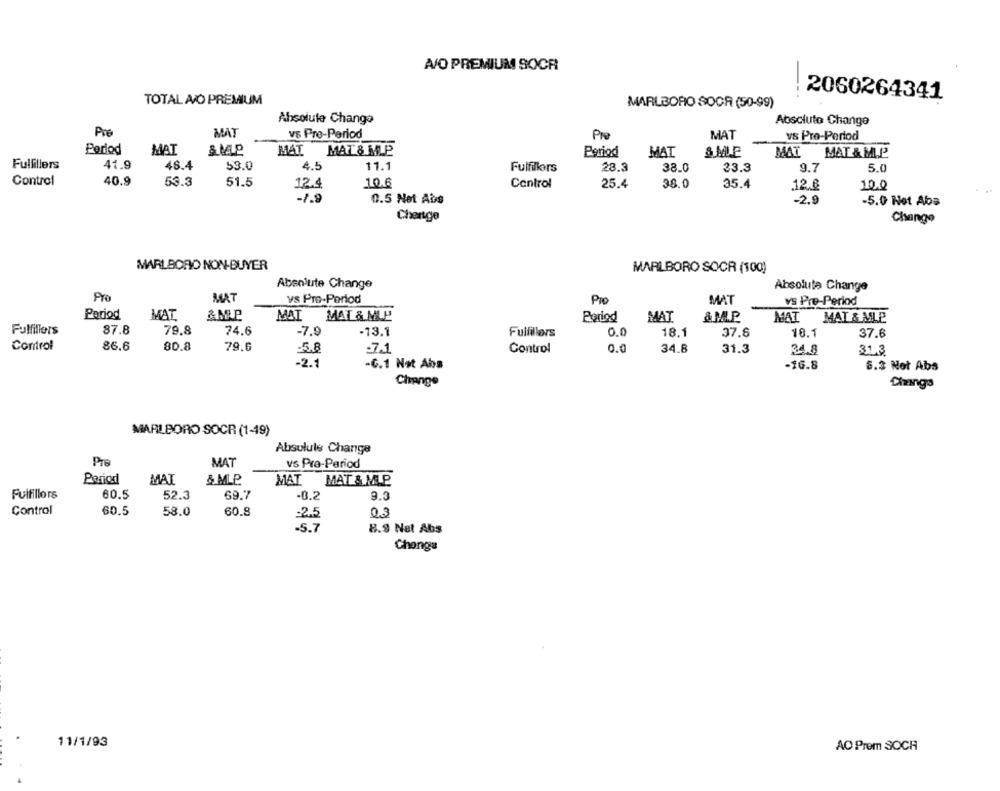
A/O PREMIUM SOCR
2060264341
TOTAL A/O PREMIUM
MARLBORO SOCA (50-99)
Absolute Chango
Absoluto Change
Pre
MAT
vs Pre-Period
MAT
Pre
vs Pro-Period
Period
MAT
SMAP
MAT
MAT & MLP
Period
MAT
SMILE
MAT MAT & MLP
Fulfillers
41.9
48.4
53.0
4.5
11.1
Fulfillors
28.3
38.0
23.3
9.7
5.0
Control
40.9
53.3
51.5
10.6
25.4
12.4
Control
38.0
35.4
12.6
10.0
-1.9
0.5 Net Abs
-2.9
-5.0 Not Aba
Change
Change
MARLBORO NON-BUYER
MARLBORO SOCR (100)
Absolute Change
Absolute Change
PYO
MAT
VS Pro-Period
Pro
MAT
vs Pre-Period
Period
MAT
& MLP
MAT
MAT & MLP
Period
MAT
& M.P.
MAI MAT & MLP
Fulfillers
87.8
79.8
74.6
-7.9
-13.1
0.0
18.1
37.6
Fulfillørs
18.1
37.6
Control
86.6
80.8
79.6
-7.1
Control
0.0
34.8
-5.8
31.3
24.8
31.3
-2.1
-C.1 Not Aba
-16.8
6.3 Not Abs
Change
Changs
MARLBORO SOCR (1-49)
Absolute Change
Pre
MAT
vs Pre-Period
Period
MAT
& MLP.
MAT
MAT & MLP
Fulfillors
60.5
52.3
69.7
-0.2
9.3
Control
60.5
58.0
60.8
0.3
25
-5.7
8.9 Net Abs
Changs
11/1/93
AO Prem SOCH